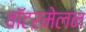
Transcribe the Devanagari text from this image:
वॉटरमेलन